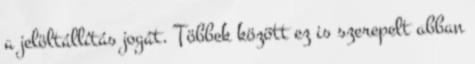
a jelöltállítás jogát. Többek között ez is szerepelt abban